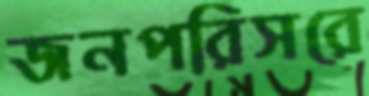
জনপরিসরে